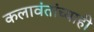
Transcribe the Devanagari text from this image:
कलावंतांच्याही